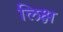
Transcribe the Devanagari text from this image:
लिक्ष